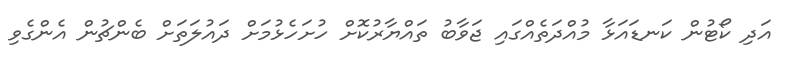
އަދި ކޯޓުން ކަނޑައަޅާ މުއްދަތެއްގައި ޖަވާބު ތައްޔާރުކޮށް ހުށަހެޅުމަށް ދައުލަތަށް ބެންޗުން އެންގެވި